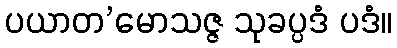
ပယာတ’မောသဇ္ဇ သုခပ္ပဒံ ပဒံ။